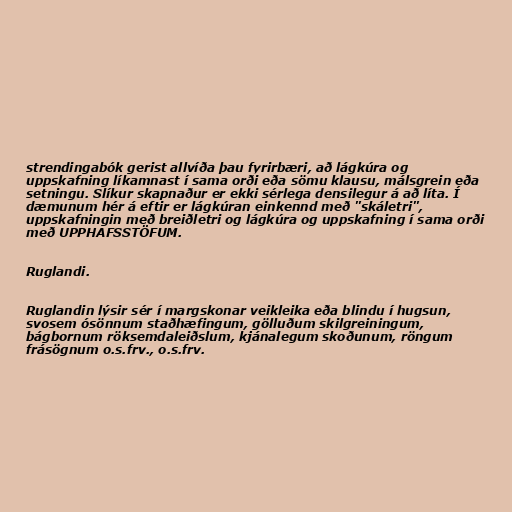
strendingabók gerist allvíða þau fyrirbæri, að lágkúra og
uppskafning líkamnast í sama orði eða sömu klausu, málsgrein eða
setningu. Slíkur skapnaður er ekki sérlega densilegur á að líta. Í
dæmunum hér á eftir er lágkúran einkennd með "skáletri",
uppskafningin með breiðletri og lágkúra og uppskafning í sama orði
með UPPHAFSSTÖFUM.

Ruglandi.

Ruglandin lýsir sér í margskonar veikleika eða blindu í hugsun,
svosem ósönnum staðhæfingum, gölluðum skilgreiningum,
bágbornum röksemdaleiðslum, kjánalegum skoðunum, röngum
frásögnum o.s.frv., o.s.frv.